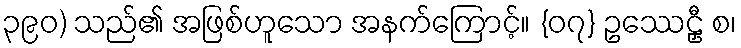
၃၉၀) သည်၏ အဖြစ်ဟူသော အနက်ကြောင့်။ {၀၇} ဥဿေဠှီ စ၊